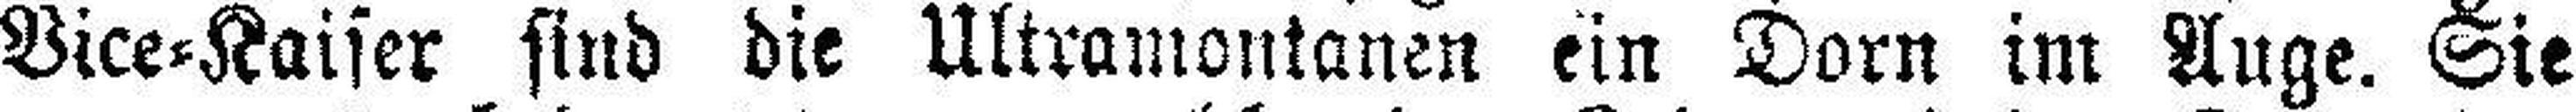
Bice=Kaiser sind die Ultramontanen ein Dorn im Auge. Sie